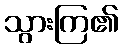
သွားကြ၏